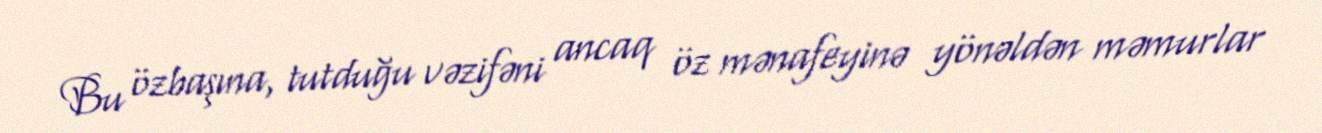
Bu özbaşına, tutduğu vəzifəni ancaq öz mənafeyinə yönəldən məmurlar